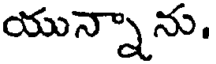
యున్నాను.